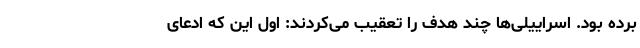
برده بود. اسراییلی‌ها چند هدف را تعقیب می‌کردند: اول این که ادعای